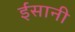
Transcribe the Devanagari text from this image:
ईंसानी